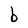
Character: b